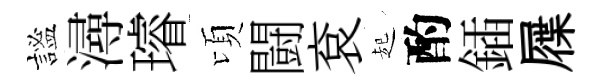
謐潯璿頃闘袞起酌鍤屧